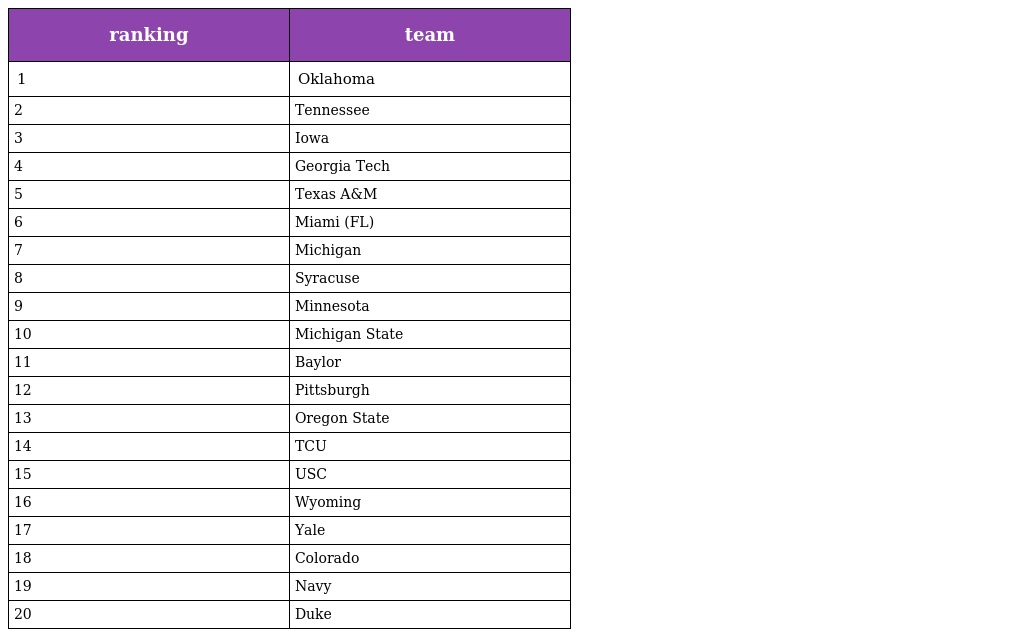
| ranking | team |
 | --- | --- |
 | 1 | Oklahoma |
 | 2 | Tennessee |
 | 3 | Iowa |
 | 4 | Georgia Tech |
 | 5 | Texas A&M |
 | 6 | Miami (FL) |
 | 7 | Michigan |
 | 8 | Syracuse |
 | 9 | Minnesota |
 | 10 | Michigan State |
 | 11 | Baylor |
 | 12 | Pittsburgh |
 | 13 | Oregon State |
 | 14 | TCU |
 | 15 | USC |
 | 16 | Wyoming |
 | 17 | Yale |
 | 18 | Colorado |
 | 19 | Navy |
 | 20 | Duke |